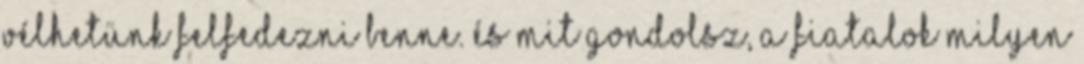
vélhetünk felfedezni benne. És mit gondolsz, a fiatalok milyen